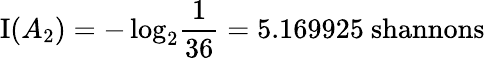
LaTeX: \operatorname{I}(A_{2})=-\log_{2}\! {\frac{1}{36}}=5.169925{\mathrm{~shannons}}